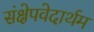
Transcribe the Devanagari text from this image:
संक्षेपवेदार्थम